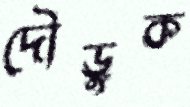
দৌড়ুক